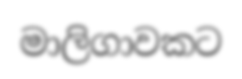
මාලිගාවකට